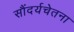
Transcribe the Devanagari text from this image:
सौंदर्यचेतना